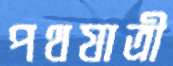
পথযাত্রী